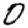
Digit: 0